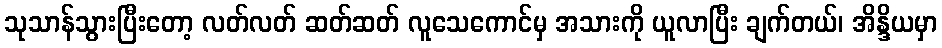
သုသာန်သွားပြီးတော့ လတ်လတ် ဆတ်ဆတ် လူသေကောင်မှ အသားကို ယူလာပြီး ချက်တယ်၊ အိန္ဒိယမှာ